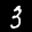
Label: 3